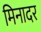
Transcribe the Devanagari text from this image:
मिनादर